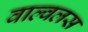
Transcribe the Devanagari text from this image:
वाल्वलस